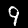
Digit: 9